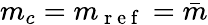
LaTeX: m_{c}=m_{\mathrm{~r~e~f~}}=\bar{m}